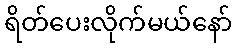
ရိတ်ပေးလိုက်မယ်နော်